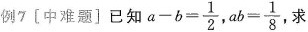
例7〔中难题]已知$$a - b = \frac { 1 } { 2 }$$,$$a b = \frac { 1 } { 8 }$$求